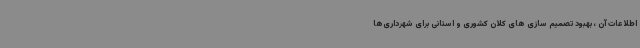
اطلاعات آن ، بهبود تصمیم سازی های کلان کشوری و استانی برای شهرداری‌ها